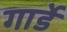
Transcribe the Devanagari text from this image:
गार्डे